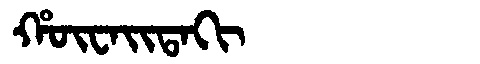
Manchu: ᡥᡡᠸᠠᡳᡨᠠᡴᡳ
Romanization: HŪWAITAKI